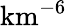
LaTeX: \textrm{km}^{-6}